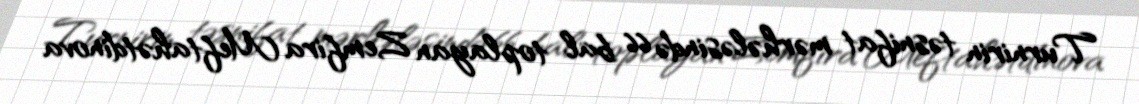
Turnirin təsnifat mərhələsində 66 bal toplayan Zemfira Meftahətdinova